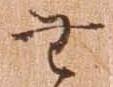
無